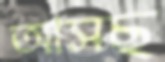
আসছ